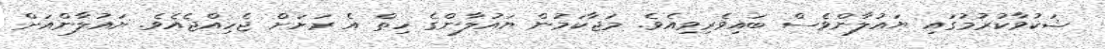
ޝަކުވާކުރުމުގައި ޔައުލާންވެސް ބައިވެރިވިއެވެ. މަޖާކަމުން ޔައުލާންގެ ހިތް އެ ރަށަށް ޖެހިއްޖެއެވެ. ޔައުލާންއަށް